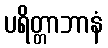
ပရိတ္တာဘာနံ